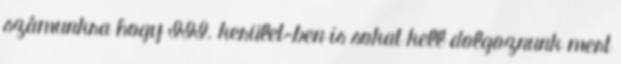
számunkra hogy III. kerület-ben is sokat kell dolgoznunk mert